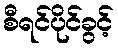
စီရင်ပိုင်ခွင့်